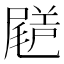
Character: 𡳗